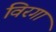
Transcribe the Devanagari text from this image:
विरगा